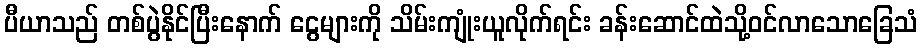
ပီယာသည် တစ်ပွဲနိုင်ပြီးနောက် ငွေများကို သိမ်းကျုံးယူလိုက်ရင်း ခန်းဆောင်ထဲသို့ဝင်လာသောခြေသံ